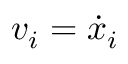
v _ { i } = \dot { x } _ { i }